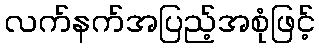
လက်နက်အပြည့်အစုံဖြင့်